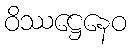
ဝိဿဋ္ဌေနေဝ